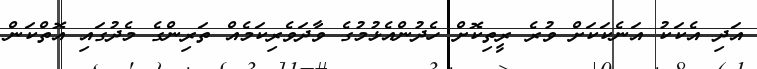
އަދި އެކަކު އަނެކަކަށް ވުރެ ރީތިކޮށް ހެދުންއެޅުމުގެ ވާދަވެރިކަމެއް ތަރިންގެ މެދުގައި އޮތްކަން